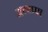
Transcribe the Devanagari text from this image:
अय्य्प्पा